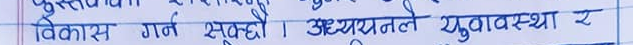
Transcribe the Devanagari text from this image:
विकास गर्न सक्छौ । अध्ययनले युवावस्था र